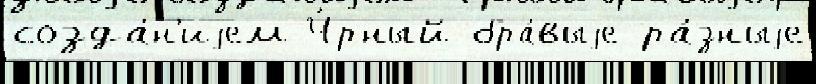
созда́н'иjем Ч́рный бра́выjе ра́зныjе